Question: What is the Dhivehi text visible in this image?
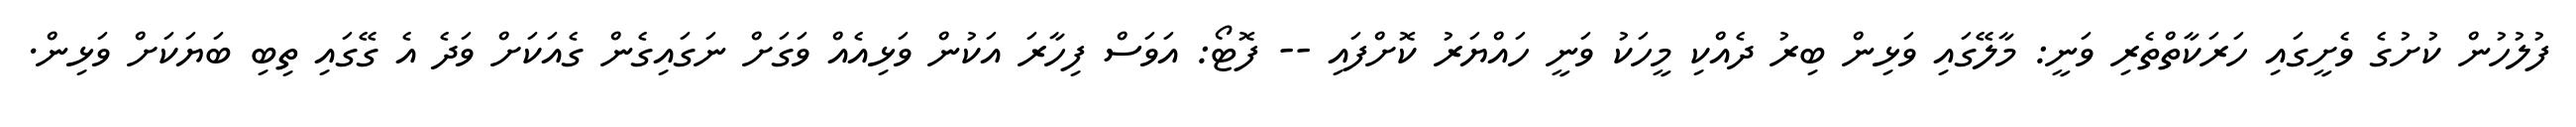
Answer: ފުލުހުން ކުށުގެ ވެށީގައި ހަރަކާތްތެރި ވަނީ: މާލޭގައި ވަޅިން ބިރު ދެއްކި މީހަކު ވަނީ ހައްޔަރު ކޮށްފައި -- ފޮޓޯ: އަވަސް ފިހާރަ އަކުން ވަޅިއެއް ވަގަށް ނަގައިގެން ގެއަކަށް ވަދެ އެ ގޭގައި ތިބި ބަޔަކަށް ވަޅިން.